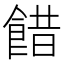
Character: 𩜅